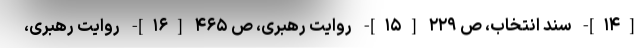
[۱۴]- سند انتخاب، ص ۲۲۹ [۱۵]- روایت رهبری، ص ۴۶۵ [۱۶]- روایت رهبری،